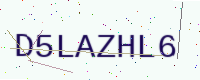
Text: D5LAZHL6